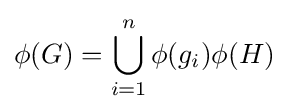
\phi (G)=\bigcup _{i=1}^{n}\phi (g_{i})\phi (H)